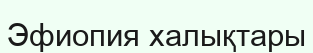
Эфиопия халықтары